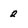
Character: 2